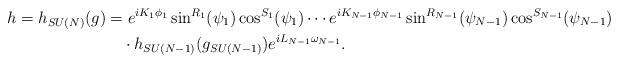
LaTeX: \begin{align*}h=h_{SU(N)}(g)&=e^{iK_1\phi_1}\sin^{R_1}(\psi_1)\cos^{S_1}(\psi_1)\cdots e^{iK_{N-1}\phi_{N-1}}\sin^{R_{N-1}}(\psi_{N-1})\cos^{S_{N-1}}(\psi_{N-1})\\&\quad\cdot h_{SU(N-1)}(g_{SU(N-1)}) e^{iL_{N-1}\omega_{N-1}}.\end{align*}